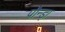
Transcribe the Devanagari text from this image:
पौन्ड़ा